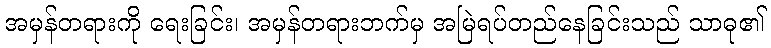
အမှန်တရားကို ရေးခြင်း၊ အမှန်တရားဘက်မှ အမြဲရပ်တည်နေခြင်းသည် သာဓု၏